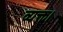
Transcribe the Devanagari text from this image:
व्यक्त।